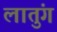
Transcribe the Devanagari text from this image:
लातुंग